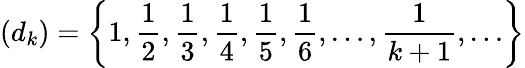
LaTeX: (d_{k})=\left\{ 1,{\frac{1}{2}},{\frac{1}{3}},{\frac{1}{4}},{\frac{1}{5}},{\frac{1}{6}},\ldots,{\frac{1}{k+1}},\ldots\right\}